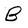
Character: B